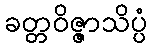
ခတ္တဝိဇ္ဇာသိပ္ပံ